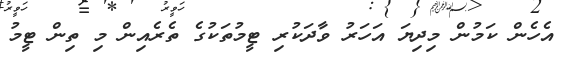
އެހެން ކަމުން މިދިޔަ އަހަރު ވާދަކުރި ޓީމުތަކުގެ ތެރެއިން މި ތިން ޓީމު